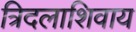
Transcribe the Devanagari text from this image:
त्रिदलाशिवाय